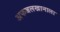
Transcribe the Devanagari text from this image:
अफजलखानाला